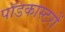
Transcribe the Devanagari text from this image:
पॉडकास्टरों